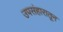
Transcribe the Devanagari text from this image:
उपसंहारातून